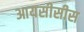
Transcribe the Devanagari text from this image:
आयसीसीस